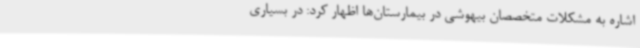
اشاره به مشکلات متخصصان بیهوشی در بیمارستان‌ها اظهار کرد: در بسیاری